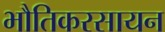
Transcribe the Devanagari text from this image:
भौतिकरसायन